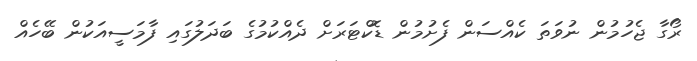
ރޯގާ ޖެހުމުން ނުވަތަ ކެއްސަން ފެށުމުން ޑޮކްޓަރަށް ދެއްކުމުގެ ބަދަލުގައި ފާމަސީއަކުން ބޭހެއް